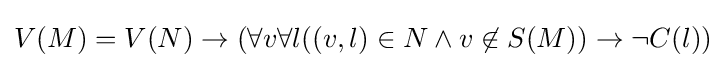
V(M)=V(N)\to (\forall v\forall l((v,l)\in N\land v\not \in S(M))\to \neg C(l))